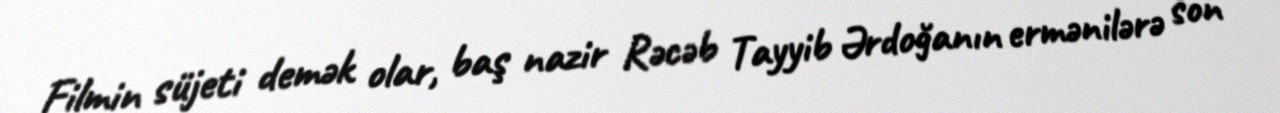
Filmin süjeti demək olar, baş nazir Rəcəb Tayyib Ərdoğanın ermənilərə son